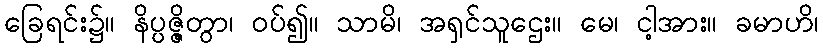
ခြေရင်း၌။ နိပ္ပဇ္ဇိတွာ၊ ဝပ်၍။ သာမိ၊ အရှင်သူဌေး။ မေ၊ ငါ့အား။ ခမာဟိ၊